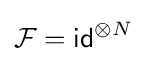
{\mathcal {F}}={\mathsf {id}}^{\otimes N}